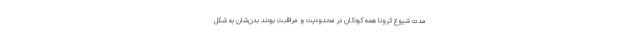
مدت شیوع کرونا همه کودکان در محدودیت و مراقبت بودند بدن‌شان به شکل